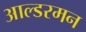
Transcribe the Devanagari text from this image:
आल्डरमन